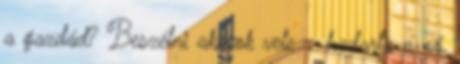
a gazdád? Beszélni akarok vele – hadarta a nő,